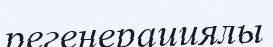
регенерациялы